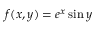
\, \! f ( x , y ) = e ^ { x } \sin y